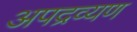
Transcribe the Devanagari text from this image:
अपद्रव्यण